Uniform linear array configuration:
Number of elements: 16
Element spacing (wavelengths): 1
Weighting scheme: uniform
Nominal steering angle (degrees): -30
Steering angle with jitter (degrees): -31.657
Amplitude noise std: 0.05
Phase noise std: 0.05

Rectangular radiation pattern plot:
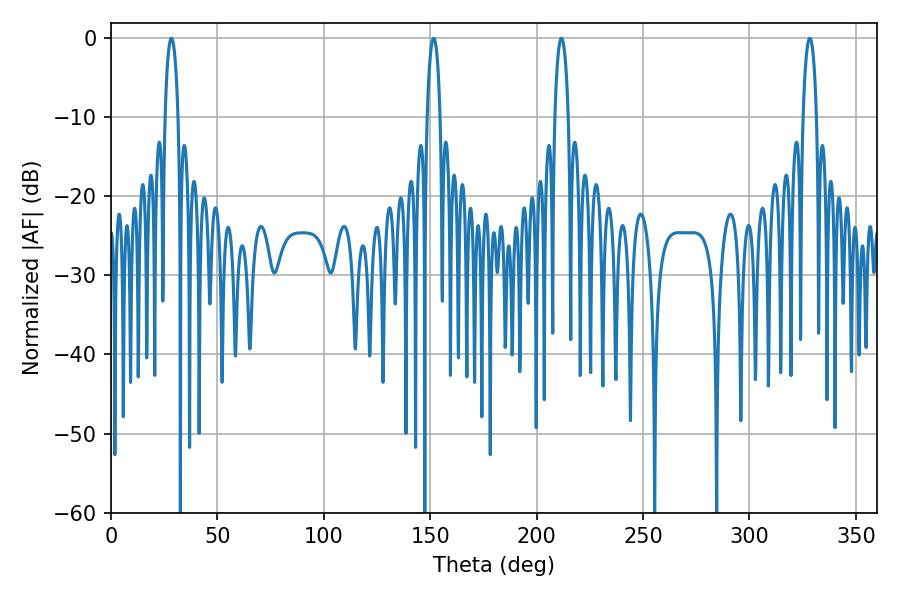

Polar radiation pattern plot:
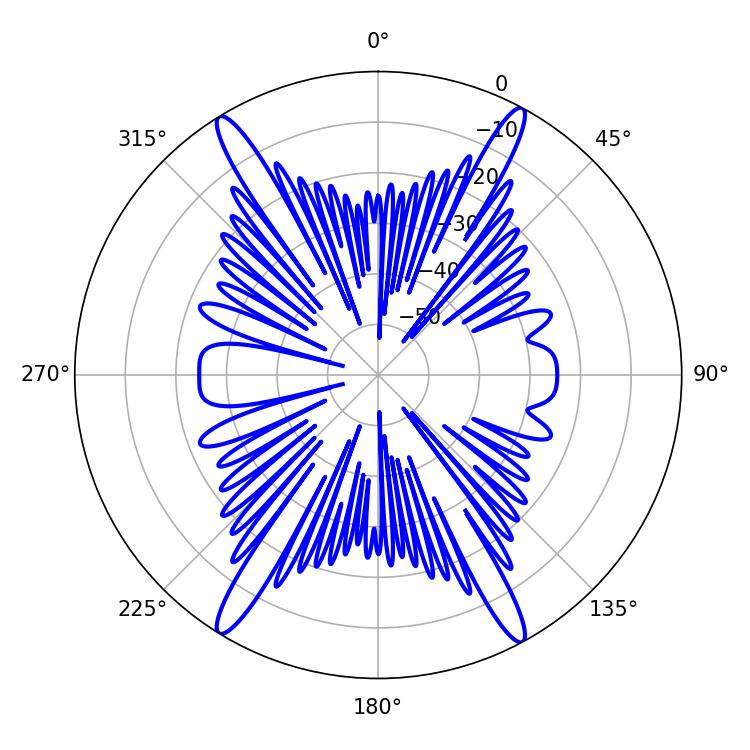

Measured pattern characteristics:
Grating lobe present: TRUE
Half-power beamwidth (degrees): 3.6
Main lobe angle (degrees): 328.32